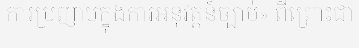
ការប្រញាប់ក្នុងការអនុវត្តន៍ច្បាប់» ពីព្រោះជា